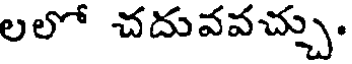
లలో చదువవచ్చు.